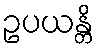
ဥပယန္တိ